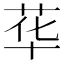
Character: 𱽣